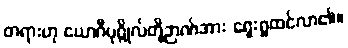
တရားဟု ယောဂီပုဂ္ဂိုလ်တို့ဉာဏ်အား ရှေးရှုထင်လာ၏။